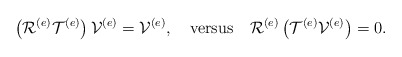
\begin{align*}\left( \mathcal{R}^{\left( e\right) }\mathcal{T}^{\left( e\right)}\right) \mathcal{V}^{\left( e\right) }=\mathcal{V}^{\left( e\right)},\quad\mbox{versus}\quad\mathcal{R}^{\left( e\right) }\left(\mathcal{T}^{\left( e\right) }\mathcal{V}^{\left( e\right) }\right) =0.\end{align*}